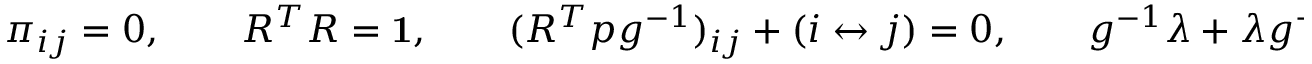
\begin{array} { r } { \pi _ { i j } = 0 , \qquad R ^ { T } R = { \bf 1 } , \qquad ( R ^ { T } p g ^ { - 1 } ) _ { i j } + ( i \leftrightarrow j ) = 0 , \qquad g ^ { - 1 } \lambda + \lambda g ^ { - 1 } = 2 g ^ { - 1 } p ^ { T } p g ^ { - 1 } . } \end{array}